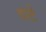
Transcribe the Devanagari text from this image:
दाटे